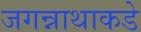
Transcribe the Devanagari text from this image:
जगन्नाथाकडे